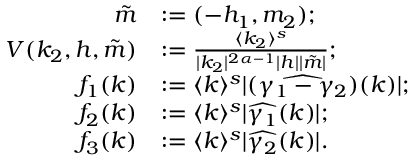
\begin{array} { r l } { \tilde { m } } & { : = ( - h _ { 1 } , m _ { 2 } ) ; } \\ { V ( k _ { 2 } , h , \tilde { m } ) } & { : = \frac { \langle k _ { 2 } \rangle ^ { s } } { | k _ { 2 } | ^ { 2 \alpha - 1 } | h | | \tilde { m } | } ; } \\ { f _ { 1 } ( k ) } & { : = \langle k \rangle ^ { s } | ( \widehat { \gamma _ { 1 } - \gamma _ { 2 } } ) ( k ) | ; } \\ { f _ { 2 } ( k ) } & { : = \langle k \rangle ^ { s } | \widehat { \gamma _ { 1 } } ( k ) | ; } \\ { f _ { 3 } ( k ) } & { : = \langle k \rangle ^ { s } | \widehat { \gamma _ { 2 } } ( k ) | . } \end{array}